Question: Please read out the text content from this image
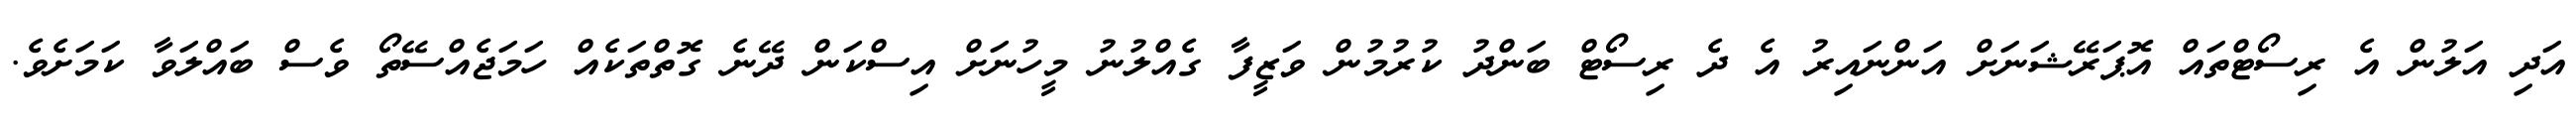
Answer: އަދި އަލުން އެ ރިސޯޓްތައް އޮޕަރޭޝަނަށް އަންނައިރު އެ ދެ ރިސޯޓް ބަންދު ކުރުމުން ވަޒީފާ ގެއްލުނު މީހުނަށް އިސްކަން ދޭނެ ގޮތްތަކެއް ހަމަޖެއްސޭތޯ ވެސް ބައްލަވާ ކަމަށެވެ.